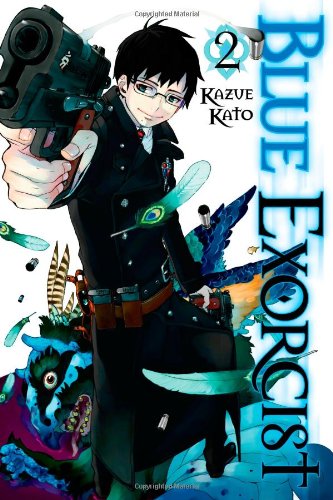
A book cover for Blue Exorcist, Vol. 2; Kazue Kato; Comics & Graphic Novels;